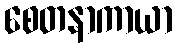
စေတနာကာယာ